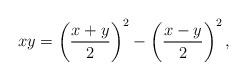
LaTeX: \begin{align*}xy = \left(\frac{x+y}{2}\right)^2 - \left(\frac{x-y}{2}\right)^2,\end{align*}